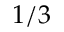
1 / 3